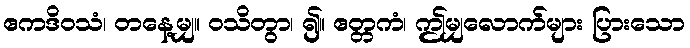
ဧကဒိဝသံ၊ တနေ့မျှ။ ဝသိတွာ၊ ၍။ ဧတ္တကံ၊ ဤမျှလောက်များ ပြားသော